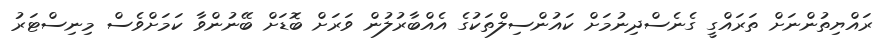
ރައްޔިތުންނަށް ތަރައްގީ ގެނެސްދިނުމަށް ކައުންސިލްތަކުގެ އެއްބާރުލުން ވަރަށް ބޮޑަށް ބޭނުންވާ ކަމަށްވެސް މިނިސްޓަރު